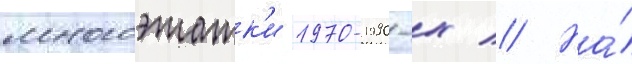
многоэтажк'и 1970-1990-х // На́